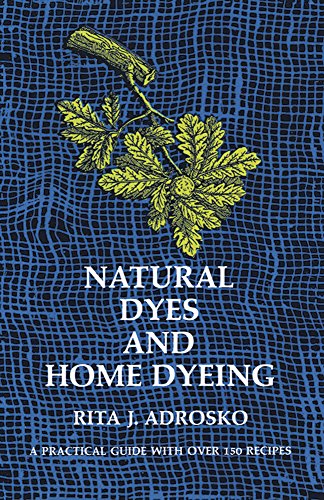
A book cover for Natural Dyes and Home Dyeing (Dover Pictorial Archives); Rita J. Adrosko; Crafts, Hobbies & Home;